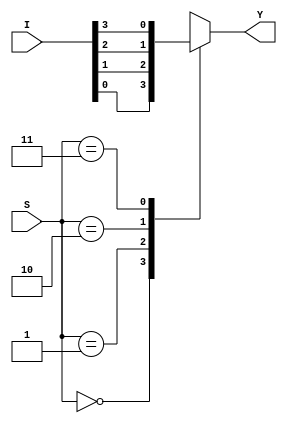
`timescale 1ns / 1ps
//////////////////////////////////////////////////////////////////////////////////
// Company: 
// Engineer: 
// 
// Design Name: 
// Module Name:    MUX_4to1 
// Project Name: 
// Target Devices: 
// Tool versions: 
// Description: 
//
// Dependencies: 
//
// Revision: 
// Revision 0.01 - File Created
// Additional Comments: 
//
//////////////////////////////////////////////////////////////////////////////////
module MUX_4to1(S,I,Y);
	input [3:0]I;
	input [1:0]S;
	output reg Y;
	always@(S,I)
	begin
		case(S)
			2'b00: Y=I[0];
			2'b01: Y=I[1];
			2'b10: Y=I[2];
			2'b11: Y=I[3];
		endcase
	end
endmodule